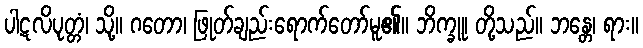
ပါဋလိပုတ္တံ၊ သို့။ ဂတော၊ ဖြုတ်ချည်းရောက်တော်မူ၏။ ဘိက္ခူ၊ တို့သည်။ ဘန္တေ၊ ရား။